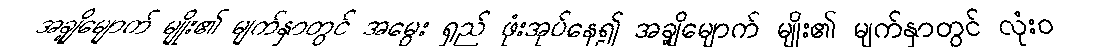
အချို့မျောက် မျိုး၏ မျက်နှာတွင် အမွေး ရှည် ဖုံးအုပ်နေ၍ အချို့မျောက် မျိုး၏ မျက်နှာတွင် လုံးဝ